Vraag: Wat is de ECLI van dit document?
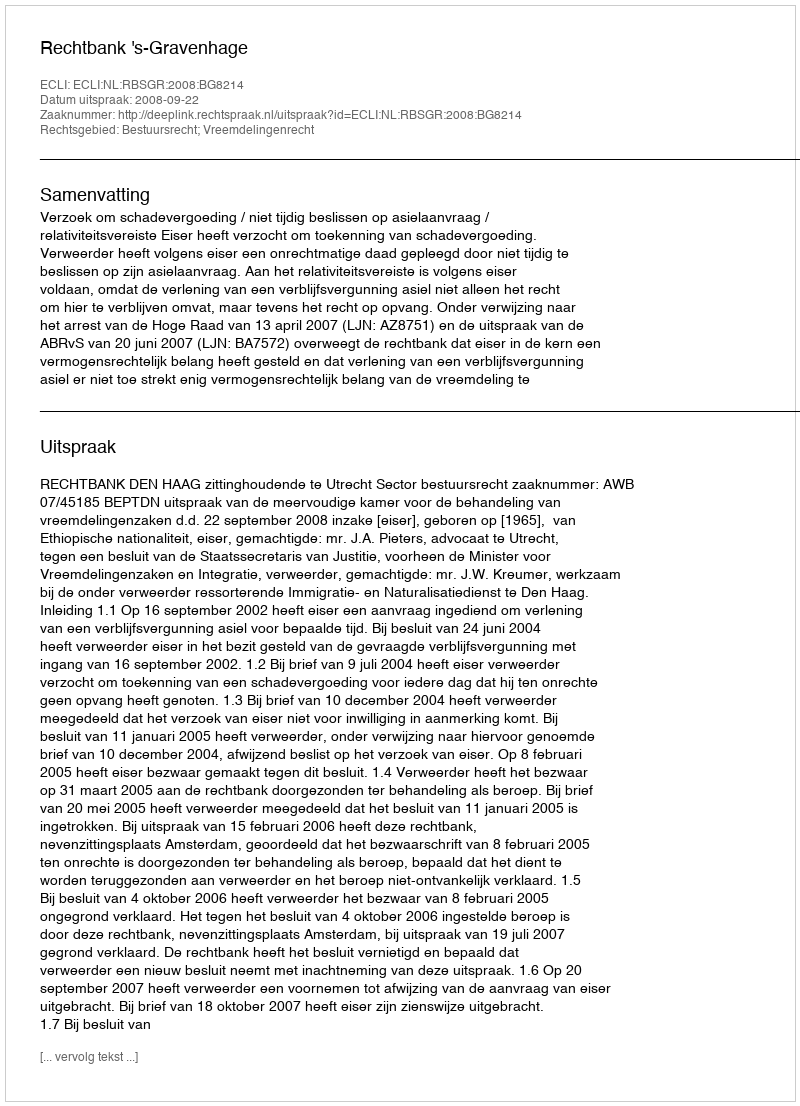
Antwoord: ECLI:NL:RBSGR:2008:BG8214